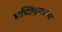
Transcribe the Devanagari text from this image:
मच्छिंद्रगडाचा